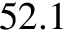
5 2 . 1